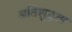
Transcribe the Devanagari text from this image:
अतिशुद्धता